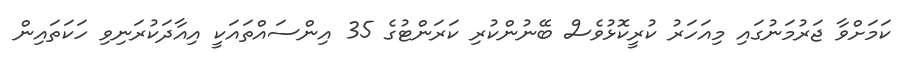
ކަމަށްވާ ޖަރުމަނުގައި މިއަހަރު ކުރީކޮޅުވެސް ބޭނުންކުރި ކަރަންޓުގެ 35 އިންސައްތައަކީ އިއާދަކުރަނިވި ހަކަތައިން